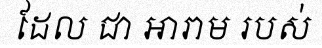
ដែល ជា អារាម របស់